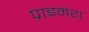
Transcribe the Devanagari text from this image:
प्राइमरा